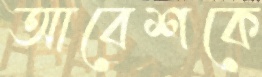
আবেশকে